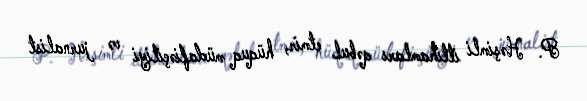
P. Həşimli ittihamları qəbul etmir, hüquq müdafiəçiliyi və jurnalist